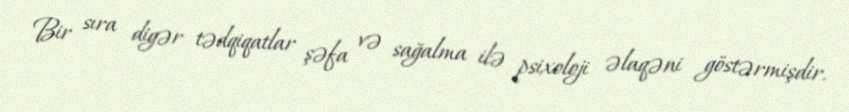
Bir sıra digər tədqiqatlar şəfa və sağalma ilə psixoloji əlaqəni göstərmişdir.